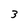
Character: 3